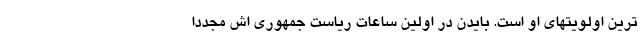
ترین اولویتهای او است. بایدن در اولین ساعات ریاست جمهوری اش مجددا